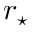
r _ { \star }